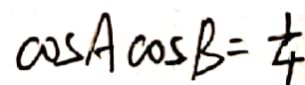
\cos A \cos B = \frac { 1 } { 4 }